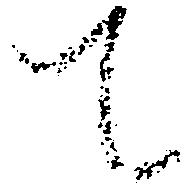
て